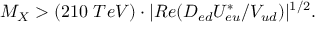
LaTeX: M _ { X } > ( 2 1 0 ~ T e V ) \cdot | R e ( { { \cal D } _ { e d } { \cal U } _ { e u } ^ { * } } / { V _ { u d } } ) | ^ { 1 / 2 } .